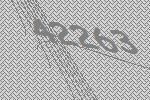
42263